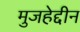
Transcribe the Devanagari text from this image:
मुजहेद्दीन